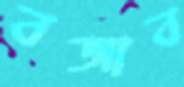
বজাব